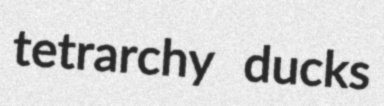
tetrarchy ducks